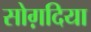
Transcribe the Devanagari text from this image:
सोग़दिया